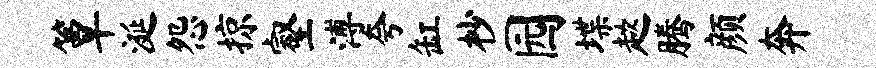
簟涎怨掠壑溥夸缸杪园堞趑腾颜奔